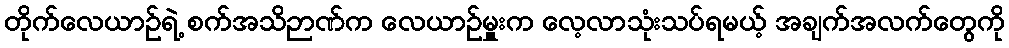
တိုက်လေယာဉ်ရဲ့ စက်အသိဉာဏ်က လေယာဉ်မှူးက လေ့လာသုံးသပ်ရမယ့် အချက်အလက်တွေကို